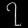
Digit: ၇